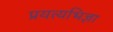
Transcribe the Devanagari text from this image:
प्रयत्यभिज्ञा